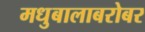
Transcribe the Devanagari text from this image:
मधुबालाबरोबर